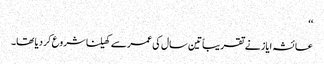
‘‘
عائشہ ایاز نے تقریباً تین سال کی عمرسے کھیلنا شروع کر دیا تھا۔